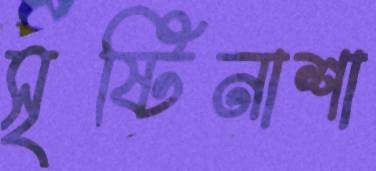
সৃষ্টিনাশা